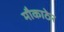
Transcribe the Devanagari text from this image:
मौकाठेर